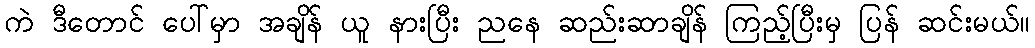
ကဲ ဒီတောင် ပေါ်မှာ အချိန် ယူ နားပြီး ညနေ ဆည်းဆာချိန် ကြည့်ပြီးမှ ပြန် ဆင်းမယ်။